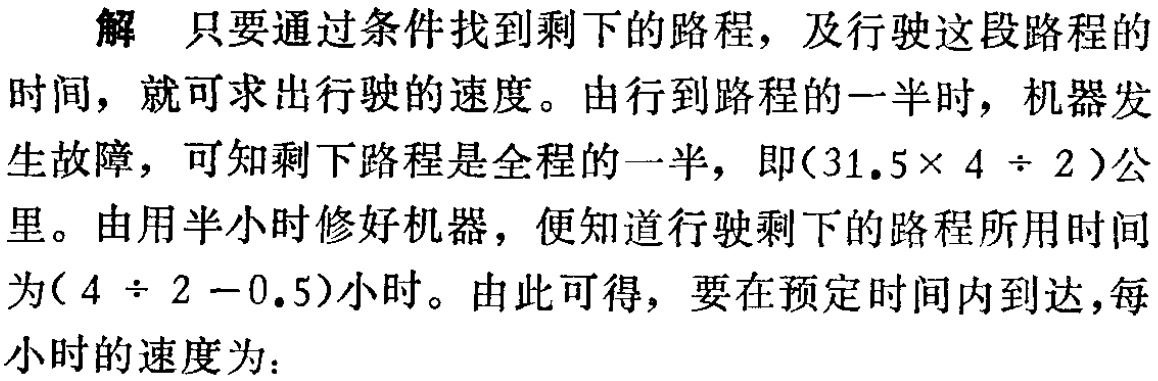
解 只要通过条件找到剩下的路程，及行驶这段路程的时间，就可求出行驶的速度。由行到路程的一半时，机器发生故障，可知剩下路程是全程的一半，即\((31.5\times 4 \div 2)\)公里。由用半小时修好机器，便知道行驶剩下的路程所用时间为\((4 \div 2 - 0.5)\)小时。由此可得，要在预定时间内到达，每小时的速度为：